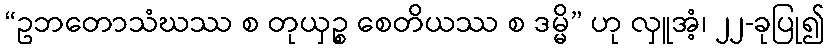
“ဥဘတောသံဃဿ စ တုယှဉ္စ စေတိယဿ စ ဒမ္မိ” ဟု လှူအံ့၊ ၂၂-ခုပြု၍